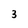
Character: 3